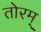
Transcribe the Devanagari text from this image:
तोरम्